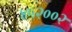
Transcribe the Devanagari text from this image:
४५२००२